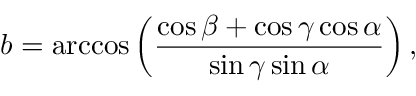
b = \operatorname { a r c c o s } \left( { \frac { \cos \beta + \cos \gamma \cos \alpha } { \sin \gamma \sin \alpha } } \right) ,